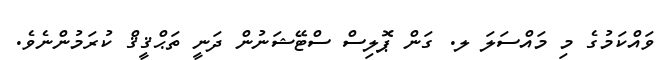
ވައްކަމުގެ މި މައްސަލަ ލ. ގަން ޕޮލިސް ސްޓޭޝަނުން ދަނީ ތަޙްޤީޤް ކުރަމުންނެވެ.